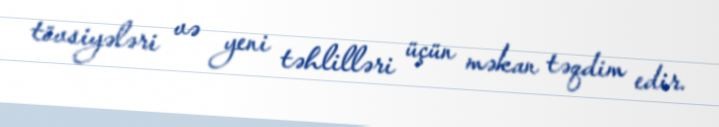
tövsiyələri və yeni təhlilləri üçün məkan təqdim edir.